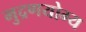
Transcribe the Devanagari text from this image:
मुद्रणयोग्य